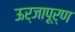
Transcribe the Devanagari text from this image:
ऊर्जापूर्ण